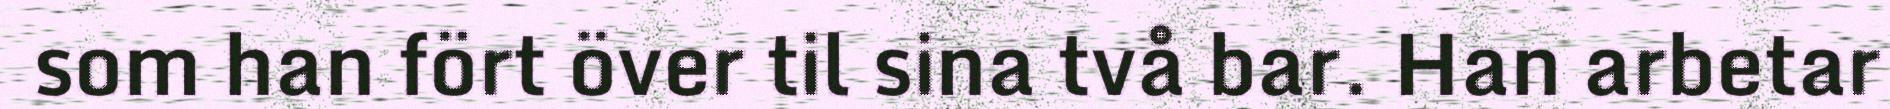
som han fört över til sina två bar. Han arbetar